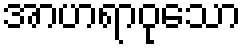
အာဟရာဝုသော